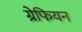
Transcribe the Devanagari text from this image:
ग्रेफियन